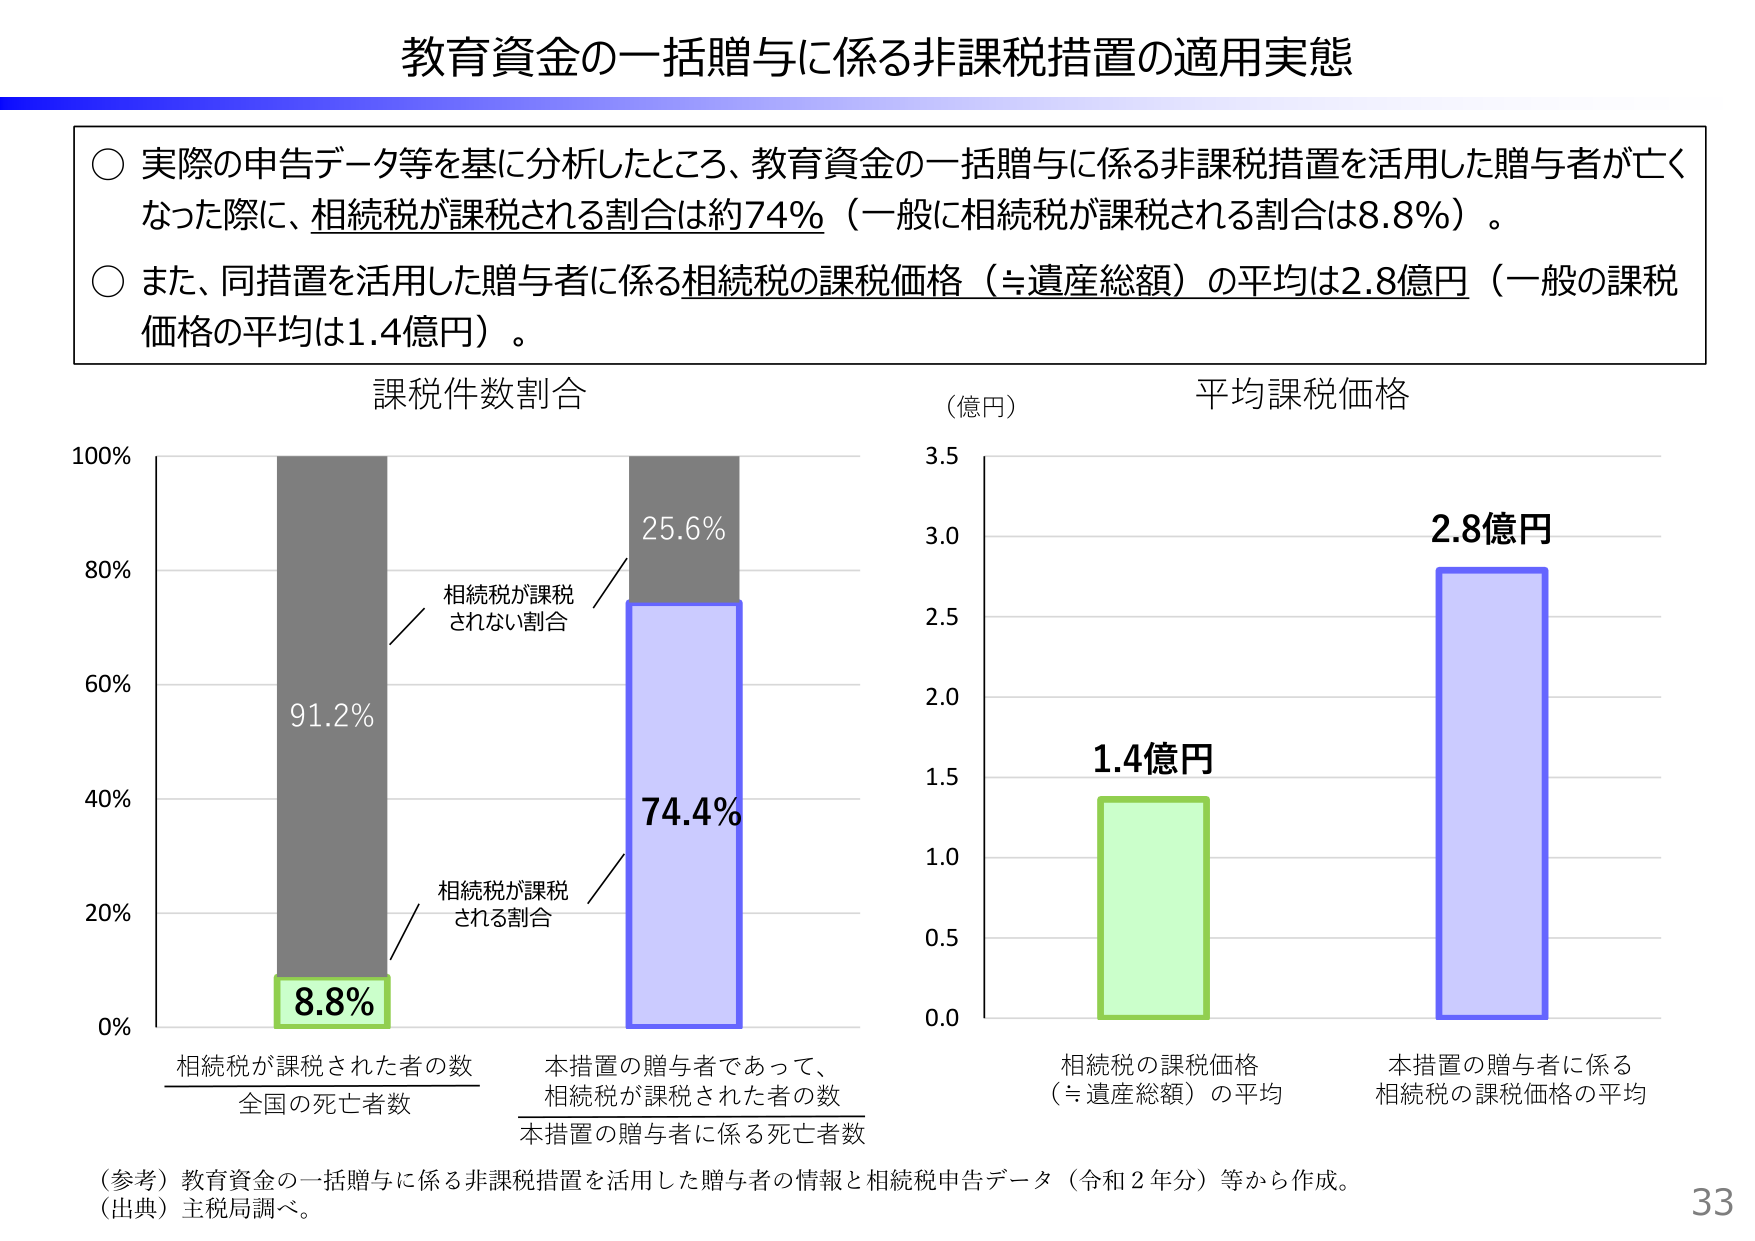
教育資金の一括贈与に係る非課税措置の適用実態

○ 実際の申告データ等を基に分析したところ、教育資金の一括贈与に係る非課税措置を活用した贈与者が亡くなった際に、相続税が課税される割合は約74%（一般に相続税が課税される割合は8.8%）。
○ また、同措置を活用した贈与者に係る相続税の課税価格（≒遺産総額）の平均は2.8億円（一般の課税価格の平均は1.4億円）。

課税件数割合
（億円） 平均課税価格

100%
80%
60%
40%
20%
0%

91.2%
8.8%
相続税が課税された者の数
全国の死亡者数

25.6%
74.4%
本措置の贈与者であって、
相続税が課税された者の数
本措置の贈与者に係る死亡者数

相続税が課税されない割合
相続税が課税される割合

3.5
3.0
2.5
2.0
1.5
1.0
0.5
0.0

1.4億円
相続税の課税価格
（≒遺産総額）の平均

2.8億円
本措置の贈与者に係る
相続税の課税価格の平均

（参考）教育資金の一括贈与に係る非課税措置を活用した贈与者の情報と相続税申告データ（令和２年分）等から作成。
（出典）主税局調べ。

33